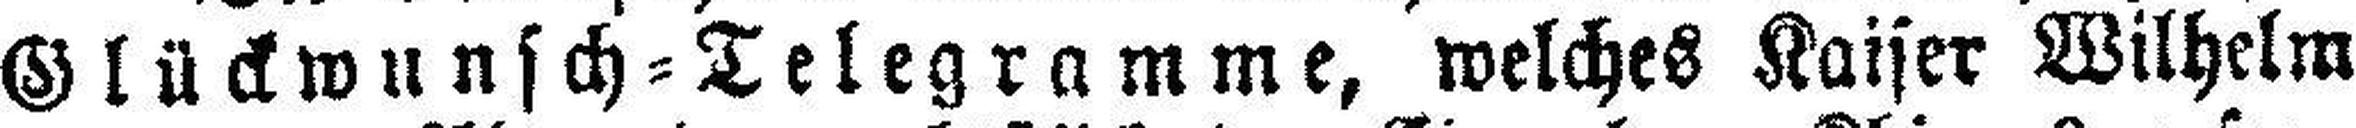
Glückwunsch=Telegramme, welches Kaiser Wilhelm